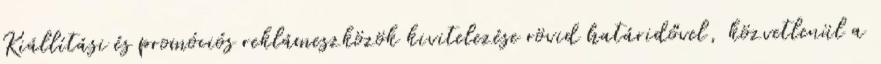
Kiállítási és promóciós reklámeszközök kivitelezése rövid határidővel, közvetlenül a